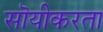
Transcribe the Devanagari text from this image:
सॊयीकरता